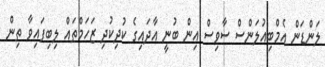
ލަންޑަން އެމްބިއުލަންސް ސާވިސް އިން ބުނީ އާދައިގެ ކުދިކުދި ޒަހަމްތައް ލިބިފައިވާ ތިން